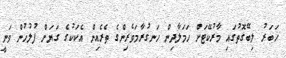
ޚަބަރު ލިބޭގޮތުގައި މާރުކޭޓަށް ހަމަލާދިން ހަނގުރާމަވެރިންގެ ތެރެއިން އެކަކުގެ ގަޔަށް ފުލުހުން ވަނީ